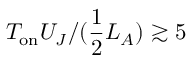
T _ { \mathrm { o n } } U _ { J } / ( \frac { 1 } { 2 } L _ { A } ) \gtrsim 5